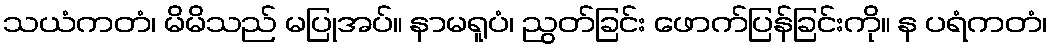
သယံကတံ၊ မိမိသည် မပြုအပ်။ နာမရူပံ၊ ညွတ်ခြင်း ဖောက်ပြန်ခြင်းကို။ န ပရံကတံ၊